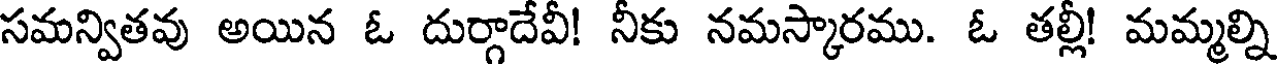
సమన్వితవు అయిన ఓ దుర్గాదేవీ! నీకు నమస్కారము. ఓ తల్లీ! మమ్మల్ని